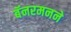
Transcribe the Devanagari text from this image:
बॅनरमनने